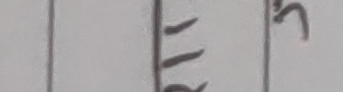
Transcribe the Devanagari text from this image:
११५